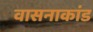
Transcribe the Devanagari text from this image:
वासनाकांड